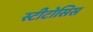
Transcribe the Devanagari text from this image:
स्टीटोसिस